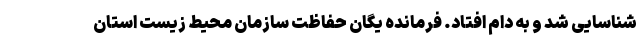
شناسایی شد و به دام افتاد. فرمانده یگان حفاظت سازمان محیط زیست استان